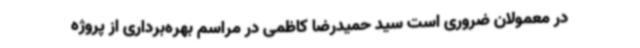
در معمولان ضروری است سید حمیدرضا کاظمی در مراسم بهره‌برداری از پروژه